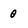
Character: 0